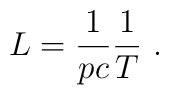
L=\frac{1}{pc}\frac{1}{T}~.